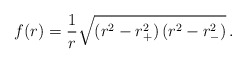
\begin{align*}f(r) ={1\over r}\sqrt{\left( r^2_{\vphantom +}-r^2_{+} \right)\left(r^2_{\vphantom -}-r^2_{-}\right)} \, . \end{align*}